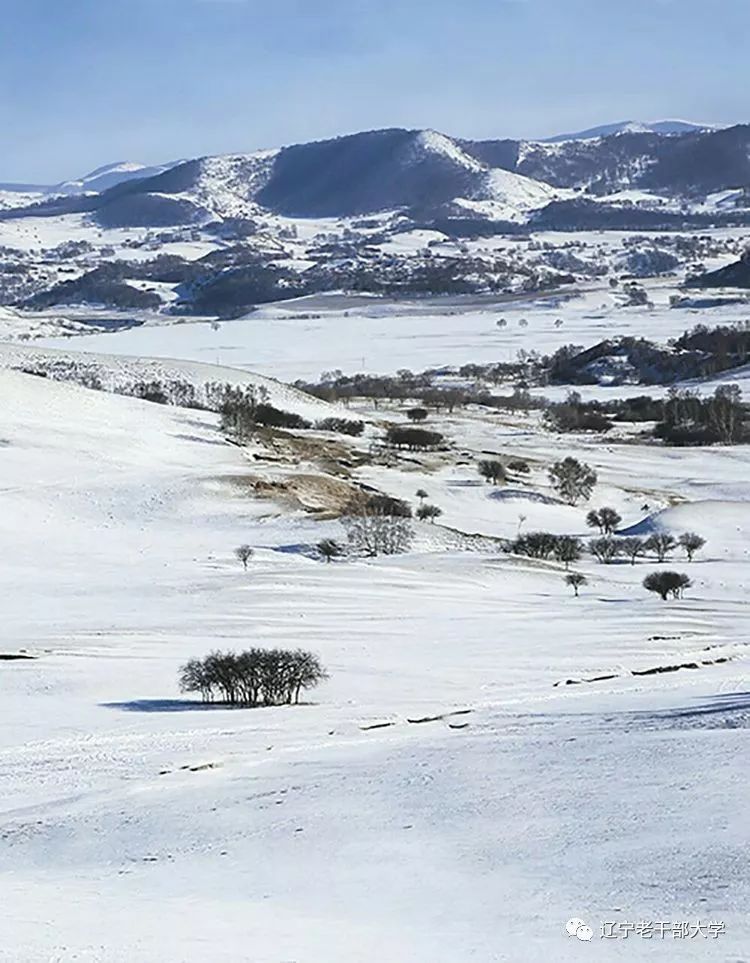
野云万里无城郭，雨雪纷纷连大漠。